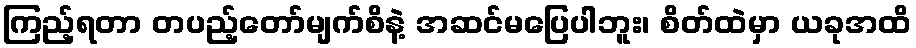
ကြည့်ရတာ တပည့်တော်မျက်စိနဲ့ အဆင်မပြေပါဘူး၊ စိတ်ထဲမှာ ယခုအထိ